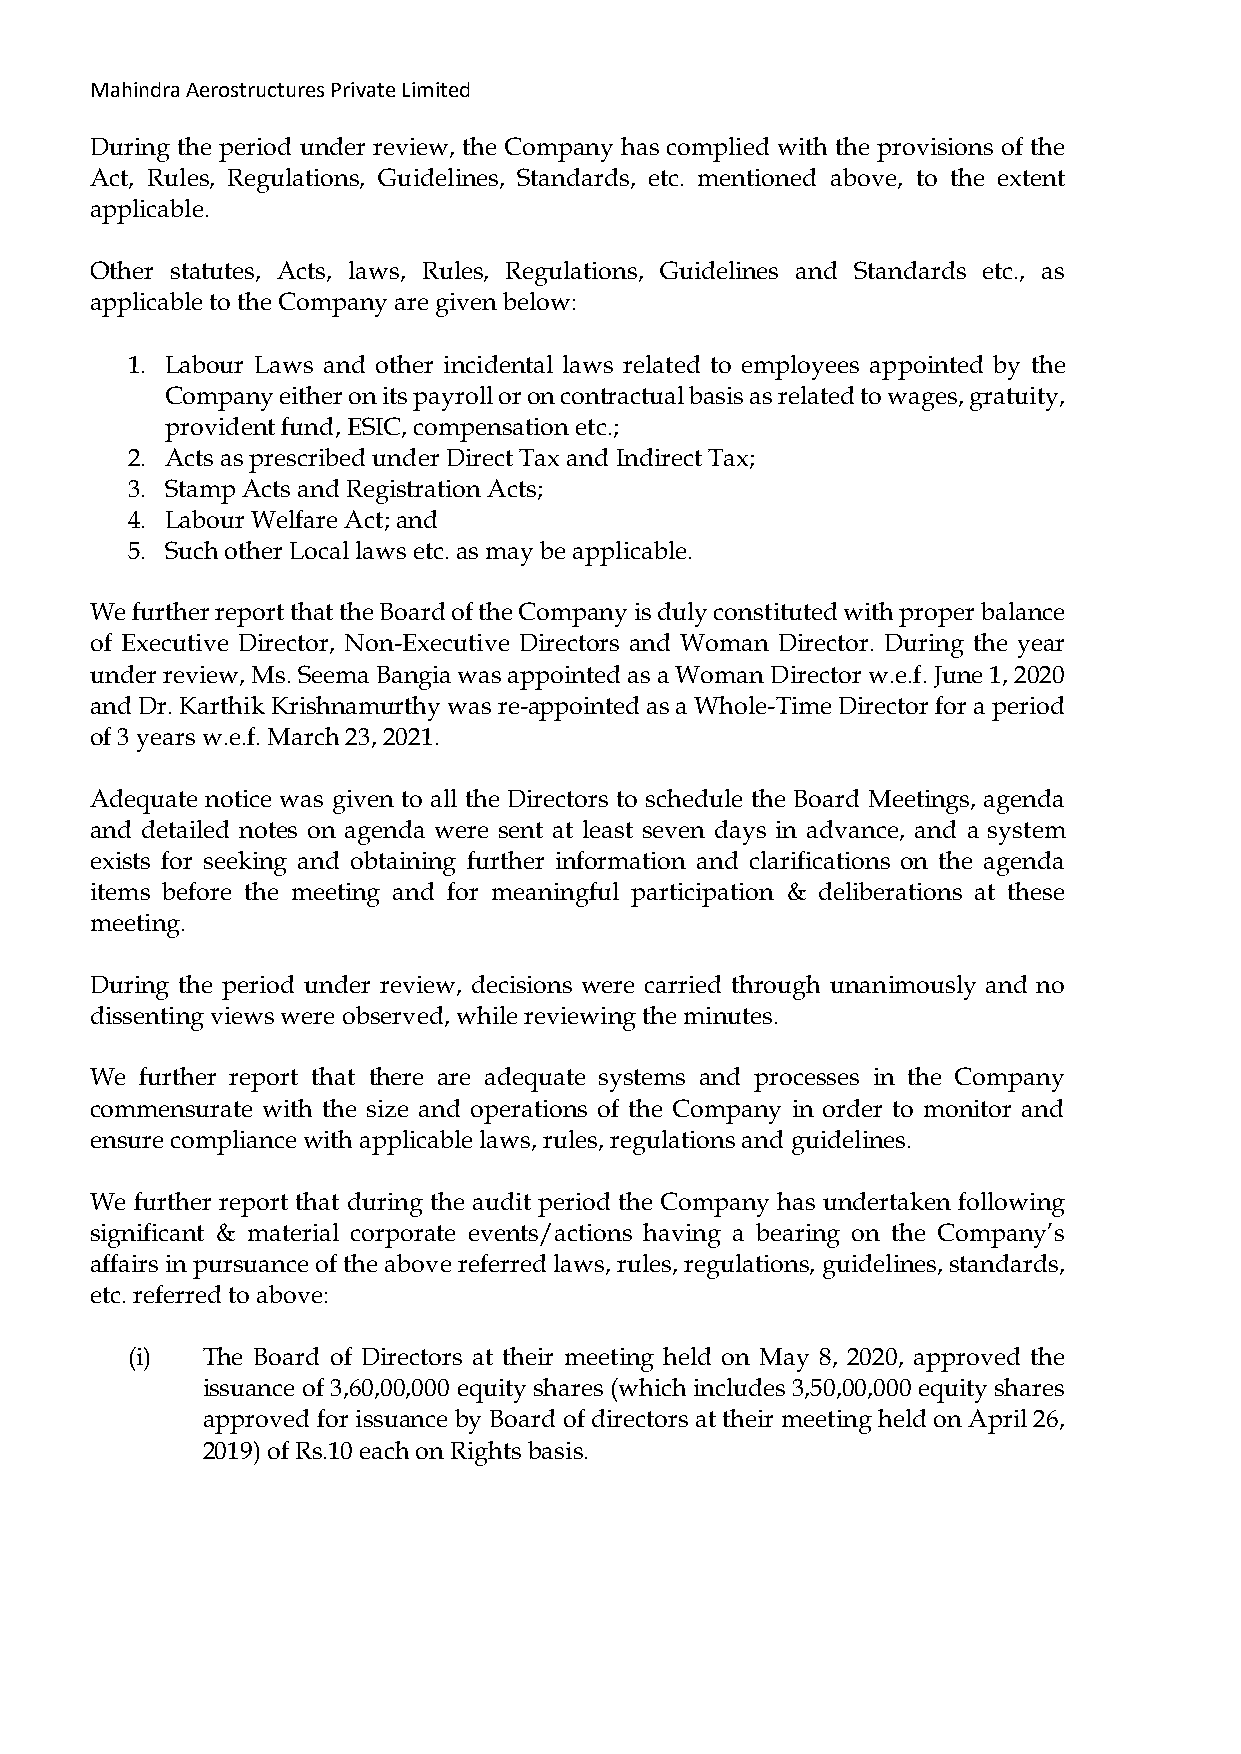
Mahindra Aerostructures Private Limited
 During the period under review, the Company has complied with the provisions of the
 Act, Rules, Regulations, Guidelines, Standards, etc. mentioned above, to the extent
 applicable.
 Other statutes, Acts, laws, Rules, Regulations, Guidelines and Standards etc., as
 applicable to the Company are given below:
 1. Labour Laws and other incidental laws related to employees appointed by the
 Company either on its payroll or on contractual basis as related to wages, gratuity,
 provident fund, ESIC, compensation etc.;
 2. Acts as prescribed under Direct Tax and Indirect Tax;
 3. Stamp Acts and Registration Acts;
 4. Labour Welfare Act; and
 5. Such other Local laws etc. as may be applicable.
 We further report that the Board of the Company is duly constituted with proper balance
 of Executive Director, Non-Executive Directors and Woman Director. During the year
 under review, Ms. Seema Bangia was appointed as a Woman Director w.e.f. June 1, 2020
 and Dr. Karthik Krishnamurthy was re-appointed as a Whole-Time Director for a period
 of 3 years w.e.f. March 23, 2021.
 Adequate notice was given to all the Directors to schedule the Board Meetings, agenda
 and detailed notes on agenda were sent at least seven days in advance, and a system
 exists for seeking and obtaining further information and clarifications on the agenda
 items before the meeting and for meaningful participation & deliberations at these
 meeting.
 During the period under review, decisions were carried through unanimously and no
 dissenting views were observed, while reviewing the minutes.
 We further report that there are adequate systems and processes in the Company
 commensurate with the size and operations of the Company in order to monitor and
 ensure compliance with applicable laws, rules, regulations and guidelines.
 We further report that during the audit period the Company has undertaken following
 significant & material corporate events/actions having a bearing on the Company’s
 affairs in pursuance of the above referred laws, rules, regulations, guidelines, standards,
 etc. referred to above:
 (i)  The Board of Directors at their meeting held on May 8, 2020, approved the
 issuance of 3,60,00,000 equity shares (which includes 3,50,00,000 equity shares
 approved for issuance by Board of directors at their meeting held on April 26,
 2019) of Rs.10 each on Rights basis.